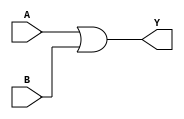
module OrGate(input A, input B, output Y);
    assign Y = A | B;
endmodule